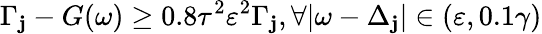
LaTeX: \Gamma_{\mathbf{j}}-G(\omega)\geq0.8\tau^{2}\varepsilon^{2}\Gamma_{\mathbf{j}},\forall|\omega-\Delta_{\mathbf{j}}|\in(\varepsilon,0.1\gamma)